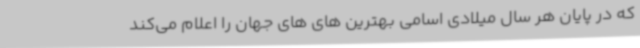
که در پایان هر سال میلادی اسامی بهترین های های جهان را اعلام می‌کند